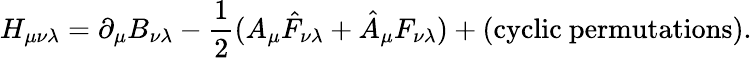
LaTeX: H_{\mu\nu\lambda}=\partial_{\mu}B_{\nu\lambda}-{\frac{1}{2}}(A_{\mu}\hat{F}_{\nu\lambda}+\hat{A}_{\mu}F_{\nu\lambda})+(\mathrm{cyclic\ permutations}).